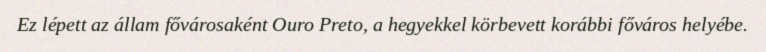
Ez lépett az állam fővárosaként Ouro Preto, a hegyekkel körbevett korábbi főváros helyébe.